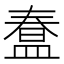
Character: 𭾇